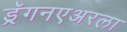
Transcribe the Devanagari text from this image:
ड्रॅगनएअरला